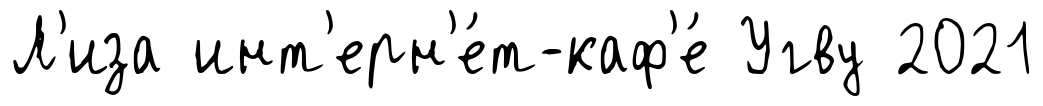
Л'иза инт'ерн'е́т-каф'е́ Угву 2021